Civil Veterinary Dept. Assam report 1927-50 - 1927-1950
Year: 1927
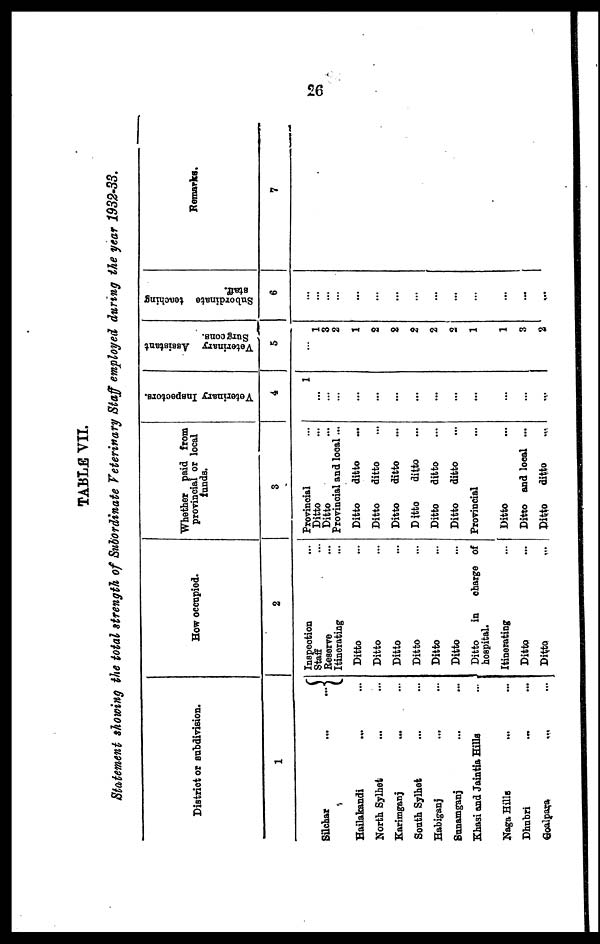
26
TABLE VII.
Statement showing the total strength of Subordinate Veterinary Staff employed during the year 1932-33.
District or subdivision.
1
Silchar
...
...
Hailakandi
... ...
North Sylhet ... ...
Karimganj ... ...
South Sylhet ... ...
Habiganj ... ...
Sunamganj ... ...
Khasi and Jaintia Hills ...
Naga Hills ... ...
Dhubri ... ...
Goalpara
...
...
How occupied.
2
Inspection ...
Staff ...
Reserve ...
Itinerating ...
Ditto ...
Ditto ...
Ditto ...
Ditto ...
Ditto ...
Ditto ...
Ditto
in charge of
hospital.
Itinerating ...
Ditto ...
Ditto
...
Whether paid from
provincial or local
funds.
3
Provincial ...
Ditto ...
Ditto ...
Provincial and local...
Ditto
ditto ...
Ditto
ditto ...
Ditto
ditto ...
Ditto
ditto ...
Ditto
ditto ...
Ditto
ditto ...
Provincial ...
Ditto ...
Ditto and local ...
Ditto
ditto
...
Veterinary Inspectors.
4
1
...
...
...
...
...
...
...
...
...
...
...
...
...
Veterinary Assistant
Surgeons.
5
...
1
3
2
1
2
2
2
2
2
1
1
3
2
Subordinate teaching
staff.
6
...
...
...
...
...
...
...
...
...
...
...
...
...
...
Remarks.
7